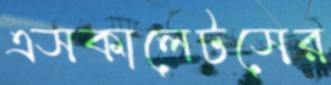
এসকালেটসের